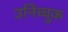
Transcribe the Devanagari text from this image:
उनिच्चुक